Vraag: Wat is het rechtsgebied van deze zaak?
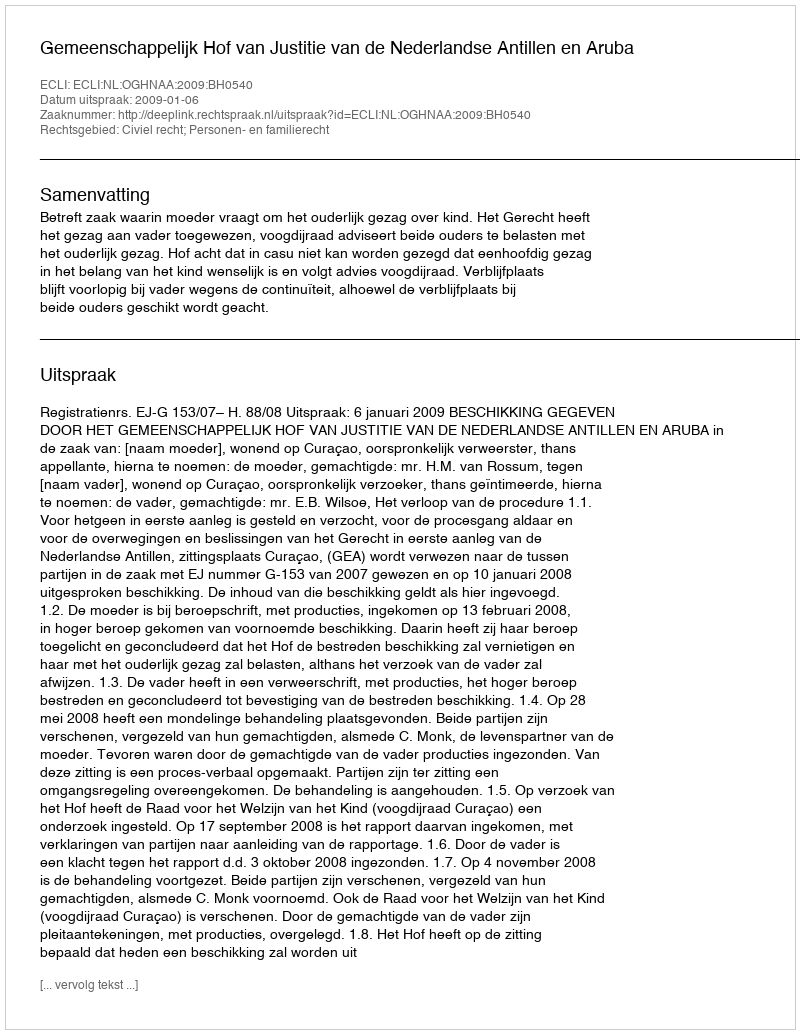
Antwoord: Civiel recht; Personen- en familierecht